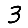
Digit: 3